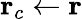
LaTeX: \mathbf r_{c}\gets\mathbf r